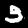
Digit: 3